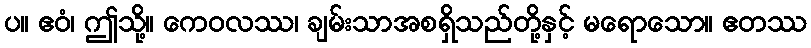
ပ။ ဧဝံ၊ ဤသို့။ ကေဝလဿ၊ ချမ်းသာအစရှိသည်တို့နှင့် မရောသော။ ဧတဿ